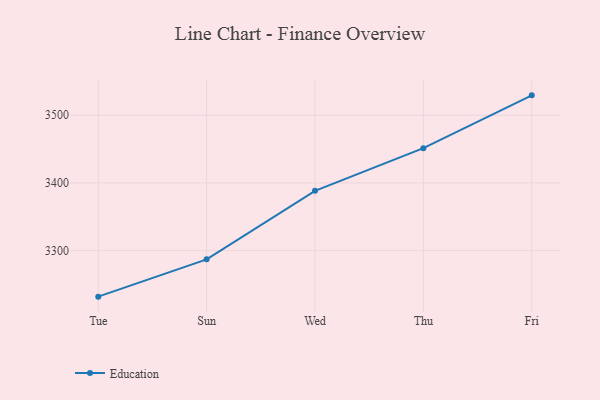
{"axis": {"x": "Day", "y": "Net Income (USD K)"}, "legend": ["Education"], "data": [{"x": "Tue", "y": 3232.1, "type": "Education"}, {"x": "Sun", "y": 3287.2, "type": "Education"}, {"x": "Wed", "y": 3388.4, "type": "Education"}, {"x": "Thu", "y": 3451.3, "type": "Education"}, {"x": "Fri", "y": 3529.3, "type": "Education"}]}